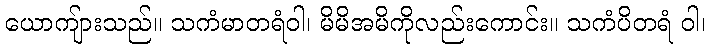
ယောကျ်ားသည်။ သကံမာတရံဝါ၊ မိမိအမိကိုလည်းကောင်း။ သကံပိတရံ ဝါ၊